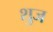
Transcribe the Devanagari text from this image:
शुज